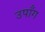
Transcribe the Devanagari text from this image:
उपाँग